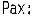
PAX: